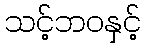
သင့်ဘဝနှင့်